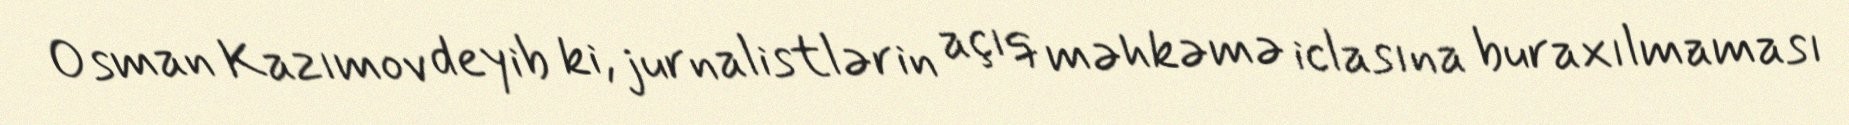
Osman Kazımov deyib ki, jurnalistlərin açıq məhkəmə iclasına buraxılmaması